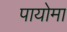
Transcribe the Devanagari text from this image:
पायोमा